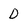
Character: D